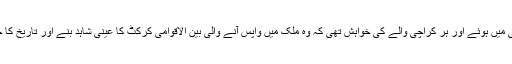
میچ کراچی میں ہوئے اور ہر کراچی والے کی خواہش تھی کہ وہ ملک میں واپس آنے والی بین الاقوامی کرکٹ کا عینی شاہد بنے اور تاریخ کا حصہ بنے۔